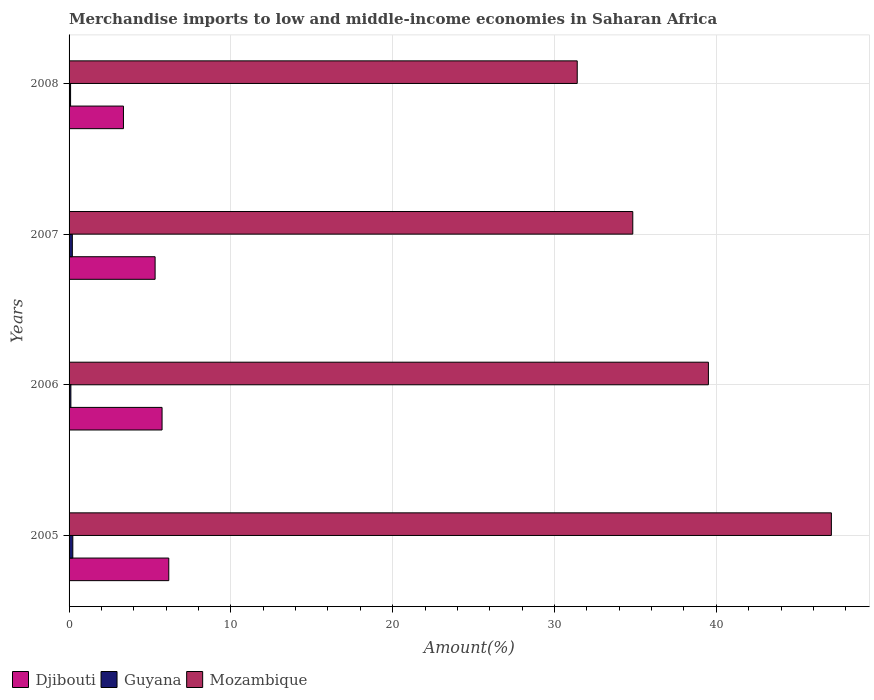
| Years | Djibouti | Guyana | Mozambique |
 | --- | --- | --- | --- |
 | 2005 | 6.16 | 0.231 | 47.1 |
 | 2006 | 5.75 | 0.111 | 39.5 |
 | 2007 | 5.32 | 0.202 | 34.8 |
 | 2008 | 3.36 | 0.0932 | 31.4 |